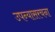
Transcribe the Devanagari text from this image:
उपन्यासरचना